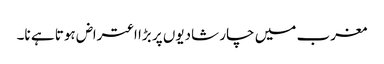
مغرب میں چار شادیوں پر بڑا اعتراض ہوتا ہے نا۔